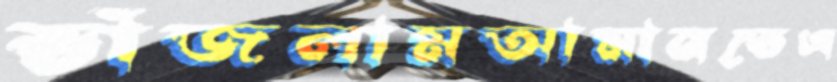
ভাঁজলামআমানতেএ